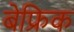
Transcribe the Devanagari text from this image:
बेफ्रिक